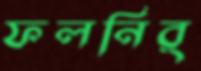
ফলনির্